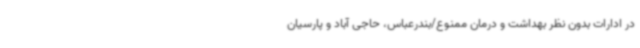
در ادارات بدون نظر بهداشت و درمان ممنوع/بندرعباس، حاجی آباد و پارسیان